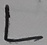
Text: L